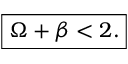
\begin{array} { r } { \boxed { \Omega + \beta < 2 . } } \end{array}